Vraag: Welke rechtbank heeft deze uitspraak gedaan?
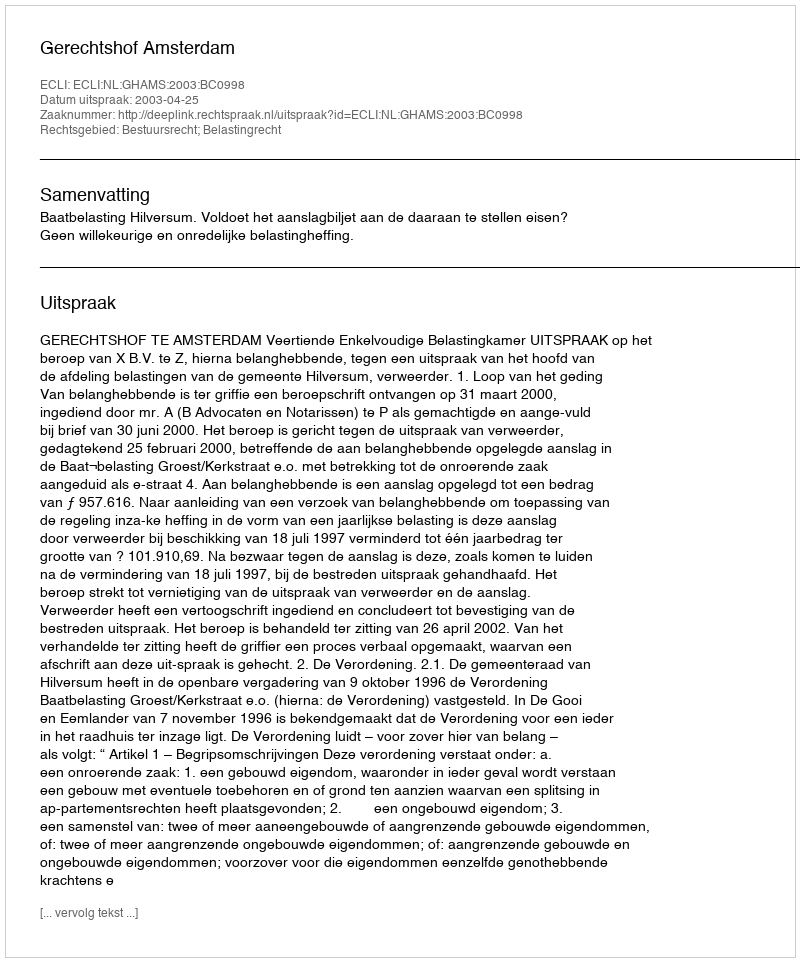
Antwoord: Gerechtshof Amsterdam